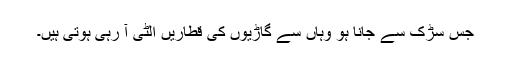
جس سڑک سے جانا ہو وہاں سے گاڑیوں کی قطاریں الٹی آ رہی ہوتی ہیں۔